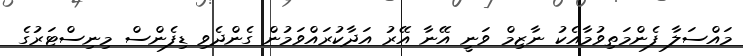
މައްސަލާ ފެންމަތިވުމާއެކު ނާޒިމް ވަނީ އޭނާ އޭރު އަދާކުރައްވަމުން ގެންދެވި ޑިފެންސް މިނިސްޓަރުގެ